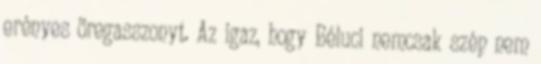
erényes öregasszonyt. Az igaz, hogy Béluci nemcsak szép nem